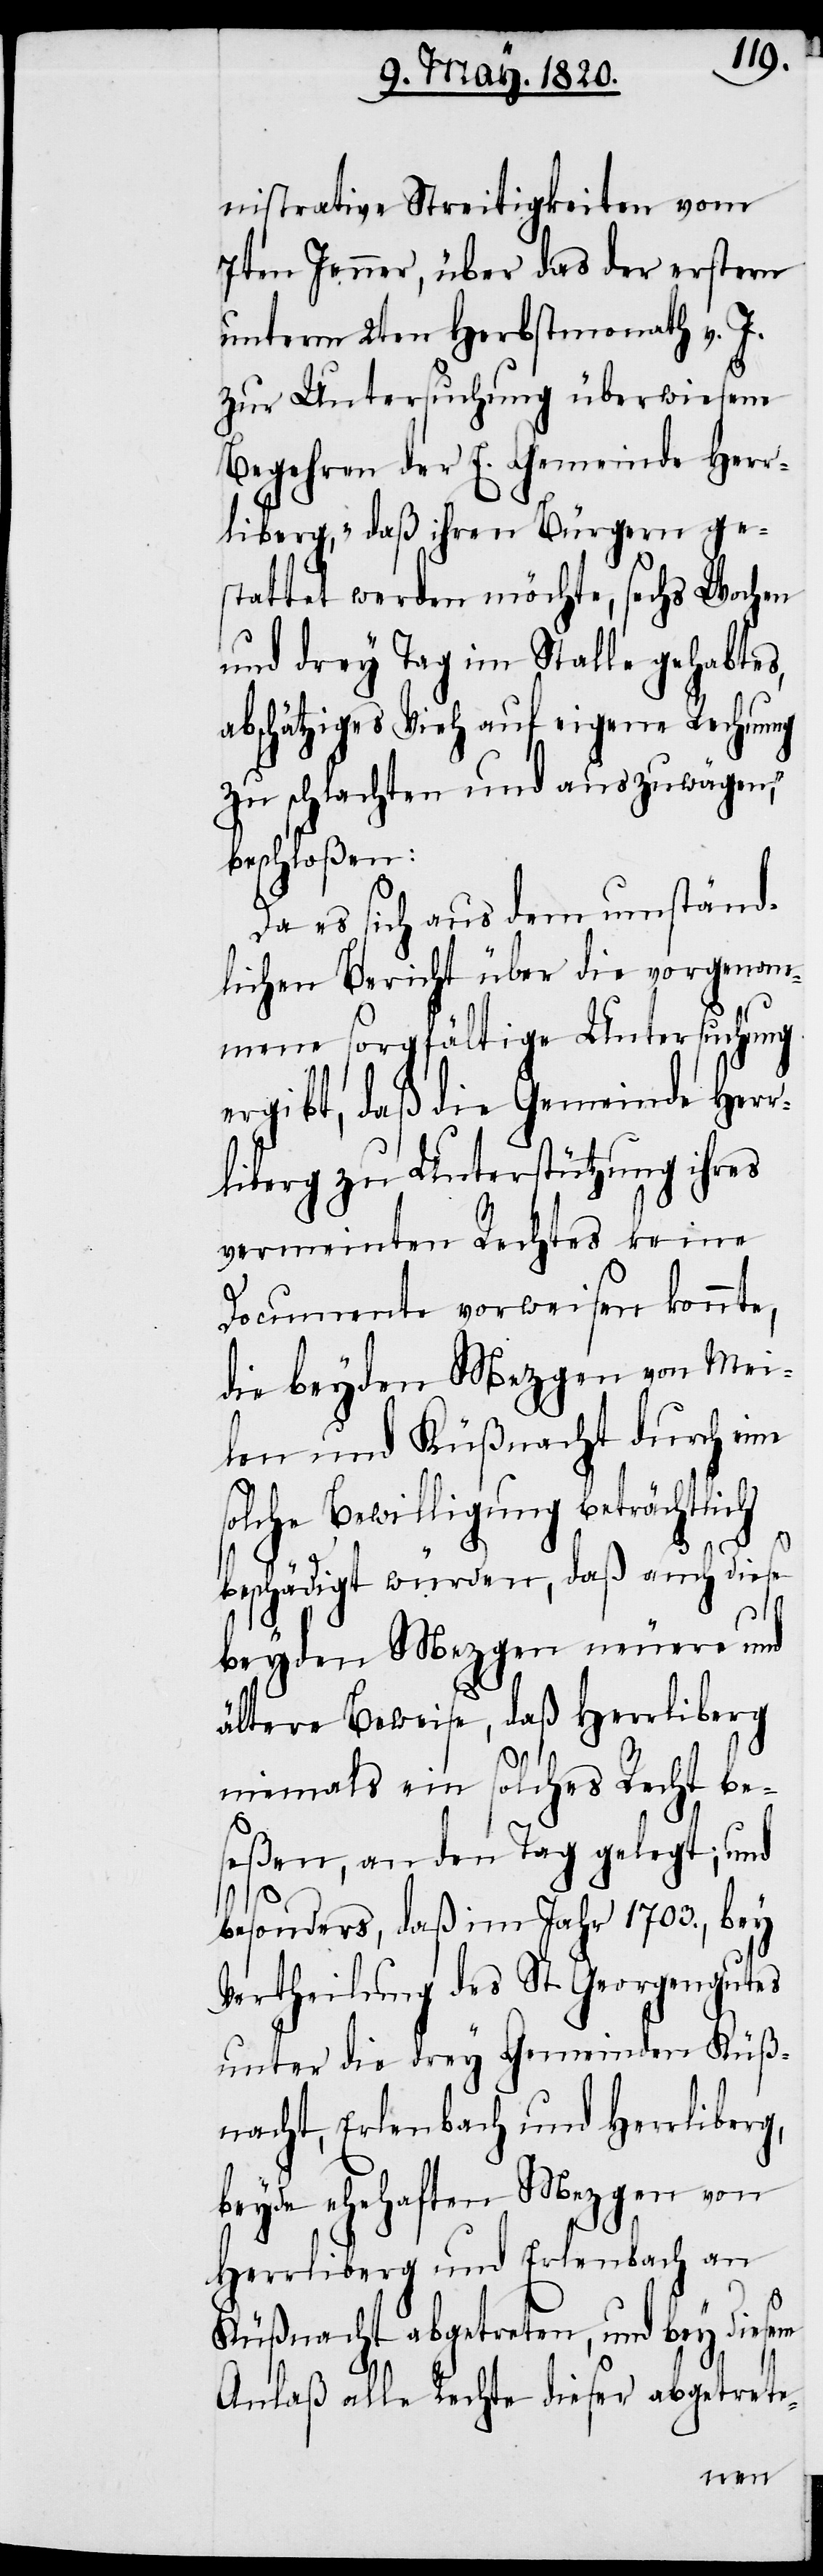
nistrative Streitigkeiten vom
7ten Jenner, über das der erstern
unterm 2ten Herbstmonath v. J.
zur Untersuchung überwiesene
Begehren der E. Gemeinde Herr¬
liberg, „daß ihren Bürgern ges¬
tattet werden möchte, sechs Wochen
und drey Tag im Stalle gehabtes,
abschätziges Vieh auf eigene Rechnung
zu schlachten und auszuwägen“,
beschloßen:
Da es sich aus dem umständ¬
lichen Bericht über die vorgenom¬
mene sorgfältige Untersuchung
ergibt, daß die Gemeinde Herr¬
liberg zu Unterstützung ihres
vermeinten Rechtes keine
Documente vorweisen könnte,
die beyde Mezgen von Mei¬
len und Küßnacht durch eine
solche Bewilligung beträchtlich
beschädigt würden, daß auch diese
beyden Mezgen neuere und
ältere Beweise, daß Herrliberg
niemals ein solches Recht be¬
seßen, an den Tag gelegt; und
besonders, daß im Jahr 1703., bey
Vertheilung des St. Georgengutes
unter die drey Gemeinden Küß¬
nacht, Erlenbach und Herrliberg,
beyde ehrhaften Mezgen von
Herrliberg und Erlenbach an
Küßnacht abgetreten, und bey diesem
Anlaß alle Rechte dieser abgetrete-